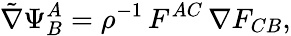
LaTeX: {\tilde{\nabla}}\Psi_{B}^{A}=\rho^{-1}\, F^{AC}\, \nabla F_{CB},